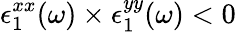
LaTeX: \epsilon_{1}^{xx}(\omega)\times\epsilon_{1}^{yy}(\omega)<0